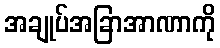
အချုပ်အခြာအာဏာကို